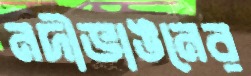
নদীভাঙনের